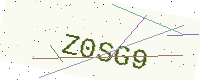
Text: Z0SG9